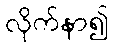
လိုက်နာ၍